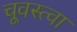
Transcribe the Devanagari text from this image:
चूवस्त्वा